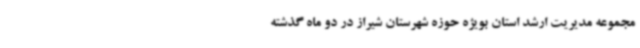
مجموعه مدیریت ارشد استان بویژه حوزه شهرستان شیراز در دو ماه گذشته